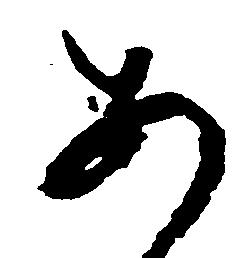
あ